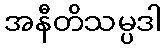
အနီတိသမ္ပဒါ